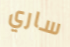
ساري